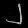
Digit: ၂